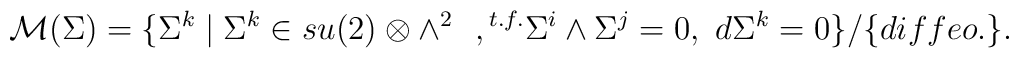
{\cal M}(\Sigma)=\{ \Sigma^k \mid \Sigma^k \in su(2) \otimes \wedge^2~~, {}^{t.f.} \Sigma^i \wedge \Sigma^j=0,~d\Sigma^k=0  \}/ \{diffeo.\}.